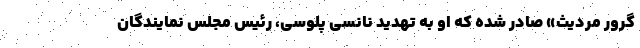
گرور مردیث» صادر شده که او به تهدید نانسی پلوسی، رئیس مجلس نمایندگان